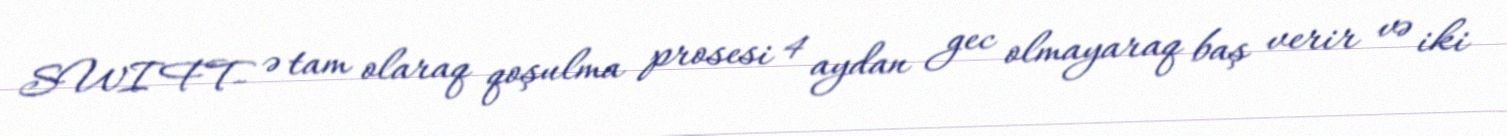
SWIFT- ə tam olaraq qoşulma prosesi 4 aydan gec olmayaraq baş verir və iki